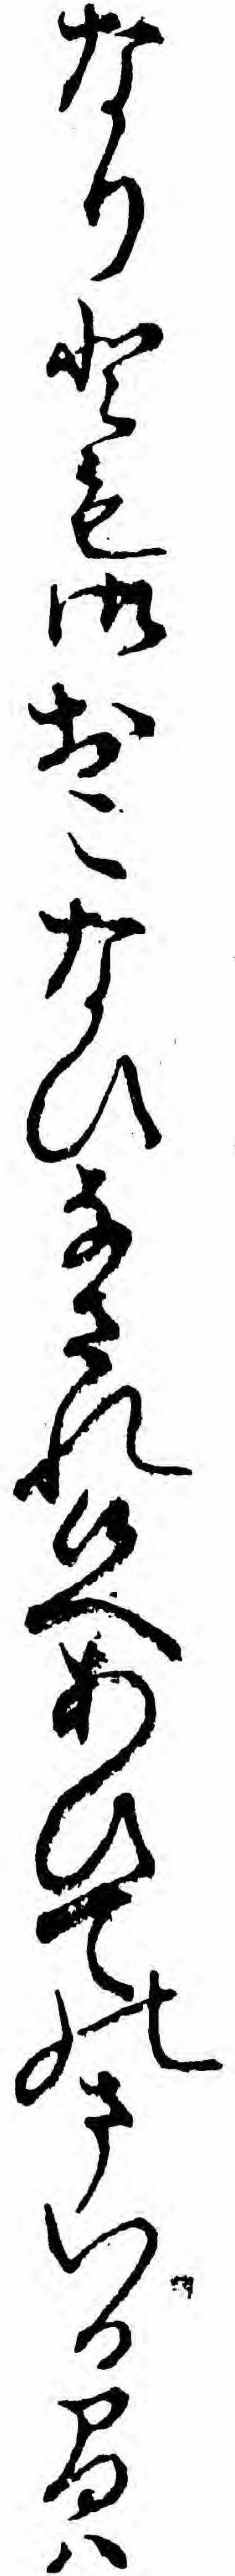
なりとも御おこなひなされ候へあひてのまいる間ハ